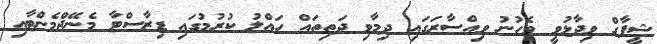
ޝީފާގް ވިދާޅުވީ ވެހުނު ވިއްސާރަގައި ދިމާވި ދަތިތައް ހައްލު ކުރުމުގައި ޑިޒާސްޓާ މެނޭޖްމެންޓާއި